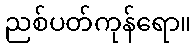
ညစ်ပတ်ကုန်ရော။